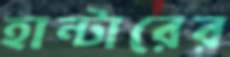
হান্টারের